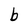
Character: b